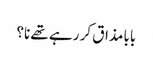
بابا مذاق کر رہے تھے نا؟